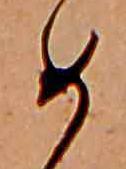
め